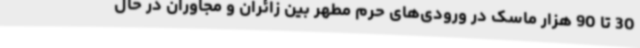
30 تا 90 هزار ماسک در ورودی‌های حرم مطهر بین زائران و مجاوران در حال